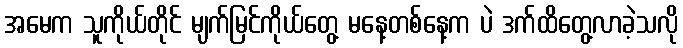
အမေက သူကိုယ်တိုင် မျက်မြင်ကိုယ်တွေ့ မနေ့တစ်နေ့က ပဲ ဒက်ထိတွေ့လာခဲ့သလို